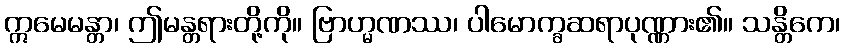
ဣမေမန္တာ၊ ဤမန္တရားတို့ကို။ ဗြာဟ္မဏဿ၊ ပါမောက္ခဆရာပုဏ္ဏား၏။ သန္တိကေ၊